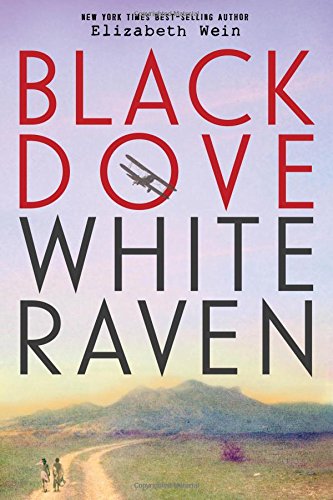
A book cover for Black Dove, White Raven; Elizabeth Wein; Teen & Young Adult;